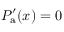
P _ { \mathrm { a } } ^ { \prime } ( x ) = 0